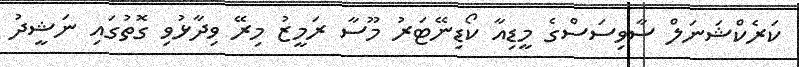
ކަރެކްޝަނަލް ސާވިސަސްގެ މީޑިއާ ކޯޑިނޭޓަރު މޫސާ ރަމީޒު މިރޭ ވިދާޅުވި ގޮތުގައި ނަޝީދު